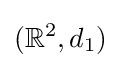
(\mathbb {R} ^{2},d_{1})